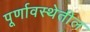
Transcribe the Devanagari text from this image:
पूर्णावस्थेतील